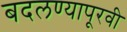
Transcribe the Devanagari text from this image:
बदलण्यापूरवी